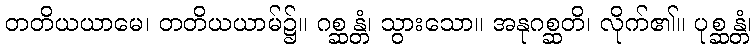
တတိယယာမေ၊ တတိယယာမ်၌။ ဂစ္ဆန္တံ၊ သွားသော။ အနုဂစ္ဆတိ၊ လိုက်၏။ ပုစ္ဆန္တံ၊